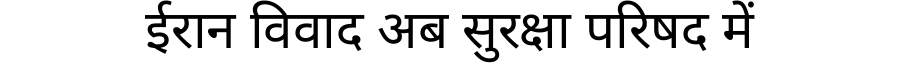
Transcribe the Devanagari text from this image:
ईरान विवाद अब सुरक्षा परिषद में